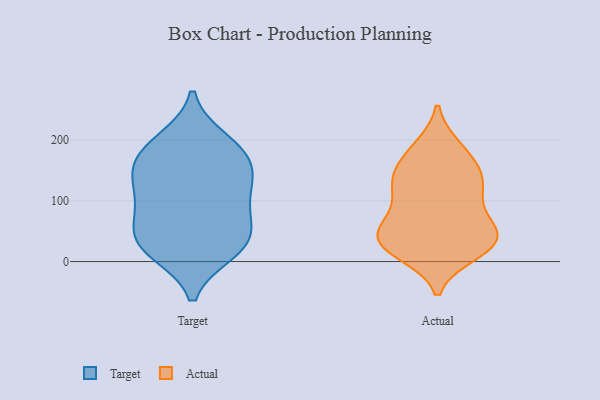
{"axis": {"x": "Satisfaction Score", "y": "Value"}, "legend": ["Actual", "Target"], "data": [{"x": "", "y": 17, "type": "Target"}, {"x": "", "y": 112, "type": "Target"}, {"x": "", "y": 52, "type": "Target"}, {"x": "", "y": 187, "type": "Target"}, {"x": "", "y": 151, "type": "Target"}, {"x": "", "y": 138, "type": "Target"}, {"x": "", "y": 92, "type": "Target"}, {"x": "", "y": 33, "type": "Target"}, {"x": "", "y": 85, "type": "Target"}, {"x": "", "y": 22, "type": "Target"}, {"x": "", "y": 34, "type": "Target"}, {"x": "", "y": 179, "type": "Target"}, {"x": "", "y": 199, "type": "Target"}, {"x": "", "y": 151, "type": "Target"}, {"x": "", "y": 40, "type": "Actual"}, {"x": "", "y": 21, "type": "Actual"}, {"x": "", "y": 54, "type": "Actual"}, {"x": "", "y": 167, "type": "Actual"}, {"x": "", "y": 188, "type": "Actual"}, {"x": "", "y": 151, "type": "Actual"}, {"x": "", "y": 128, "type": "Actual"}, {"x": "", "y": 21, "type": "Actual"}, {"x": "", "y": 41, "type": "Actual"}, {"x": "", "y": 60, "type": "Actual"}, {"x": "", "y": 14, "type": "Actual"}, {"x": "", "y": 127, "type": "Actual"}, {"x": "", "y": 25, "type": "Actual"}, {"x": "", "y": 187, "type": "Actual"}, {"x": "", "y": 106, "type": "Actual"}, {"x": "", "y": 125, "type": "Actual"}, {"x": "", "y": 137, "type": "Actual"}, {"x": "", "y": 58, "type": "Actual"}, {"x": "", "y": 81, "type": "Actual"}, {"x": "", "y": 33, "type": "Actual"}]}